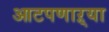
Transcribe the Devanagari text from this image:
आटपणाऱ्या